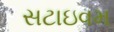
સટાઇવમ